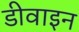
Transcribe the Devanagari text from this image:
डीवाइन